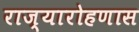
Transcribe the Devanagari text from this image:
राज्यारोहणास